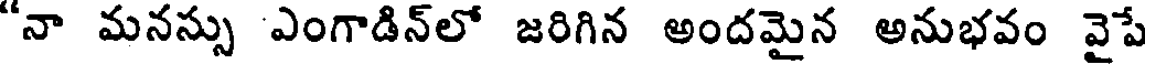
"నా మనస్సు ఎంగాడిన్లో జరిగిన అందమైన అనుభవం వైపే